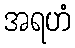
အရဟံ